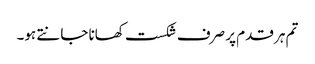
تم ہر قدم پر صرف شکست کھانا جانتے ہو۔